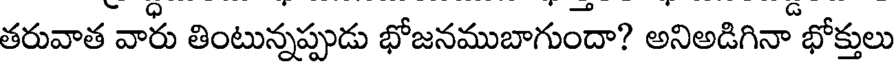
తరువాత వారు తింటున్నప్పుడు భోజనముబాగుందా? అనిఅడిగినా భోక్తులు